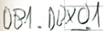
Text: DB1.DBX0.1